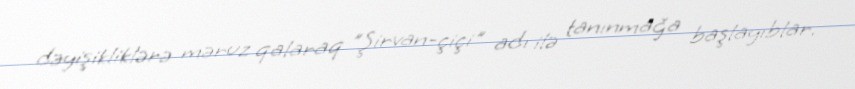
dəyişikliklərə məruz qalaraq "Şirvan-çiçi" adı ilə tanınmağa başlayıblar.